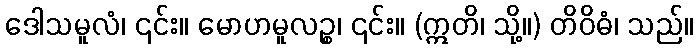
ဒေါသမူလံ၊ ၎င်း။ မောဟမူလဉ္စ၊ ၎င်း။ (ဣတိ၊ သို့။) တိဝိဓံ၊ သည်။